Vital statistics of India. Vol. V, Reports of 1876 on armies & jails and on epidemic cholera
Year: 1876
Disease focus: Cholera
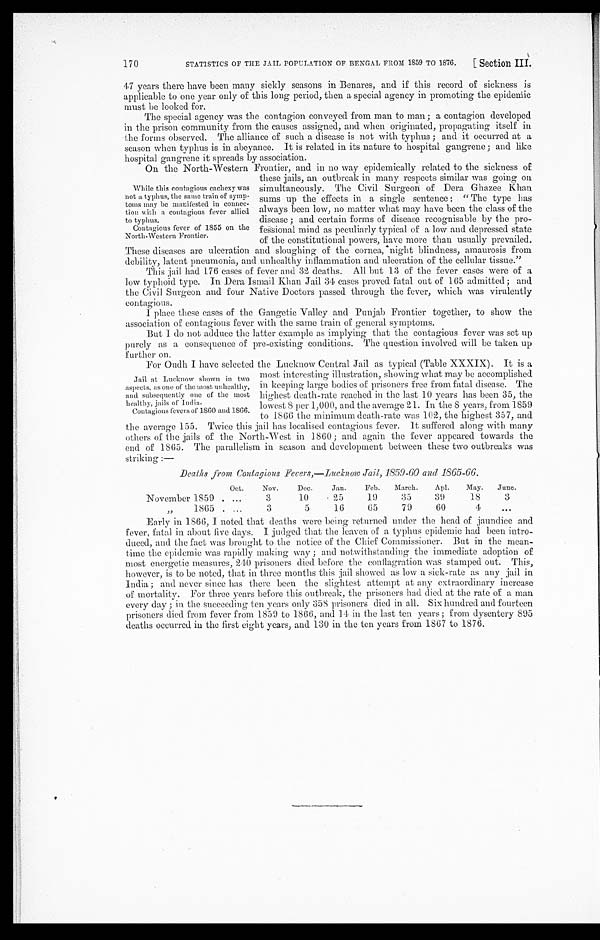
47 years there have been many sickly seasons in Benares, and if this record of sickness is
applicable to one year only of this long period, then a special agency in promoting the epidemic
must be looked for.
The special agency was the contagion conveyed from man to man; a contagion developed
in the prison community from the causes assigned, and when originated, propagating itself in
the forms observed. The alliance of such a disease is not with typhus; and it occurred at a
season when typhus is in abeyance. It is related in its nature to hospital gangrene; and like
hospital gangrene it spreads by association.
On the North-Western Frontier, and in no way epidemically related to the sickness of
these jails, an outbreak in many respects similar was going on
simultaneously. The Civil Surgeon of Dera Ghazee Khan
sums up the effects in a single sentence: "The type has
always been low, no matter what may have been the class of the
disease; and certain forms of disease recognisable by the pro
-fessional mind as peculiarly typical of a low and depressed state
of the constitutional powers, have more than usually prevailed
. T h e s e d i s e a s e s a r e u l c e r a t i o n a n d s l o u g h i n g o f t h e c o r n e a , n i g h t b l i n d n e s s , a m a u r o s i s f r o m
debility, latent pneumonia, and unhealthy inflammation and ulceration of the cellular tissue."
This jail had 176 cases of fever and 32 deaths. All but 13 of the fever cases were of a
low typhoid type. In Dera Ismail Khan Jail 34 cases proved fatal out of 165 admitted; and
the Civil Surgeon and four Native Doctors passed through the fever, which was virulently
contagious.
I place these cases of the Gangetic Valley and Punjab Frontier together, to show the
association of contagious fever with the same train of general symptoms.
But I do not adduce the latter example as implying that the contagious fever was set up
purely as a consequence of pre-existing conditions. The question involved will be taken up
further on.
For Oudh I have selected the Lucknow Central Jail as typical (Table XXXIX). It is a
most interesting illustration, showing what may be accomplished
in keeping large bodies of prisoners free from fatal disease. The
highest death-rate reached in the last 10 years has been 35, the
lowest 8 per 1,000, and the average 21. In the 8 years, from 1859
to 1866 the minimum death-rate was 102, the highest 357, and
the average 155. Twice this jail has localised contagious fever. It suffered along with many
others of the jails of the North-West in 1860; and again the fever appeared towards the
end of 1865. The parallelism in season and development between these two outbreaks was
striking:—
Deaths from Contagious Fevers,—Lucknow Jail, 1859-60 and 1865-66.
Oct. Nov. Dec. Jan. Feb. March. Apl. May.
June.
Novermber
1859 1859 3
10
25
19
35
39 18
3
„
1865
3
5
16
65
79
60 4
Early in 1866, I noted that deaths were being returned under the head of jaundice and
fever, fatal in about live days. I judged that the leaven of a typhus epidemic had been intro
-duced, and the fact was brought to the notice of the Chief Commissioner. But in the mean
- t i m e t h e e p i d e m i c w a s r a p i d l y s n a k i n g w a y ; a n d n o t w i t h s t a n d i n g t h e i m m e d i a t e a d o p t i o n o f
most energetic measures, 24.0 prisoners died before the conflagration was stamped out. This,
however, is to be noted, that in three months this jail showed as low a sick-rate as any jail in
India; and never since has there been the slightest attempt at any extraordinary increase
of mortality. For three years before this outbreak, the prisoners had died at the rate of a man
every day; in the succeeding ten years only 358 prisoners died in all. Six hundred and fourteen
prisoners died from fever from 1859 to 1866, and 14 in the last ten years; from dysentery 895
deaths occurred in the first eight years, and 130 in the ten years from 1837 to 1876.
While this contagious cachexy was
not a typhus, the same train of sy
mp-toms may be manifested in connec
- t i o n w i t h a c o n t a g i o u s f e v e r a l l i e d
to typhus.
Contagious fever of 1855 on the
North-Western Frontier.
Jail at Lucknow shown in two
aspects, as one of the most unhealthy,
and subsequently one of the most
healthy, jails of India.
Contagious fevers of 1860 and 1866.